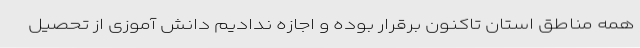
همه مناطق استان تاکنون برقرار بوده و اجازه ندادیم دانش آموزی از تحصیل